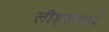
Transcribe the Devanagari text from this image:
लीड्समध्ये